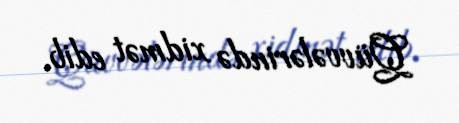
Qüvvələrində xidmət edib.